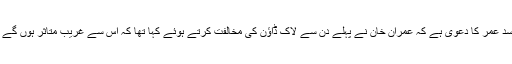
اسد عمر کا دعویٰ ہے کہ عمران خان نے پہلے دن سے لاک ڈاؤن کی مخالفت کرتے ہوئے کہا تھا کہ اس سے غریب متاثر ہوں گے ۔